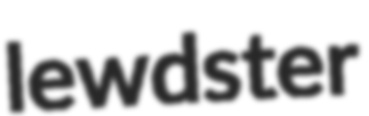
lewdster